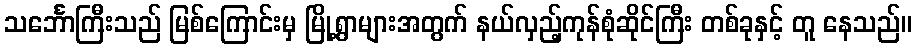
သင်္ဘောကြီးသည် မြစ်ကြောင်းမှ မြို့ရွာများအတွက် နယ်လှည့်ကုန်စုံဆိုင်ကြီး တစ်ခုနှင့် တူ နေသည်။